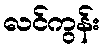
လင်ကွန်း